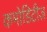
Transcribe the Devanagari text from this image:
कमोडिटीज़